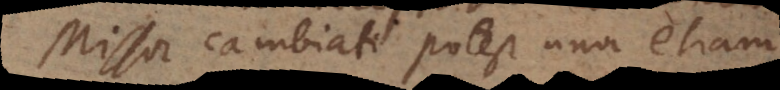
Missor cambiati potest una etiam